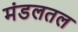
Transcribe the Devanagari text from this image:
मंडलतल